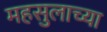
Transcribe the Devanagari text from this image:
महसुलाच्या